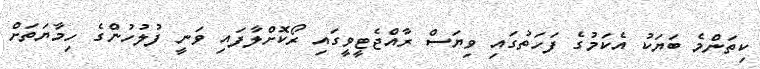
ކިތަންމެ ބަޔަކު އެކަމުގެ ފަހަތުގައި ވިޔަސް ރާއްޖެޓީވީގައި ރޯކޮށްލާފައި ވަނީ ފުލުހުންގެ ހިމާޔަތަށް